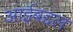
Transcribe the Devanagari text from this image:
आईबद्दल